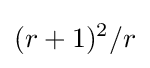
(r+1)^{2}/r